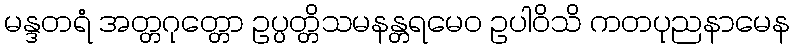
မန္ဒတရံ အတ္တဂုတ္တော ဥပ္ပတ္တိသမနန္တရမေဝ ဥပါဝိသိ ကတပုညနာမေန